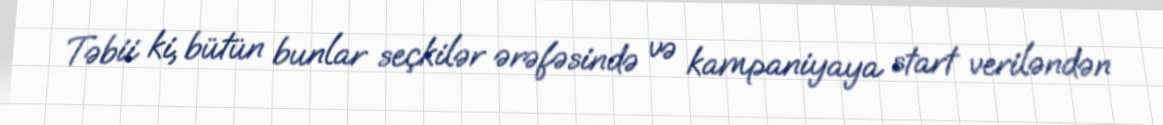
Təbii ki, bütün bunlar seçkilər ərəfəsində və kampaniyaya start veriləndən